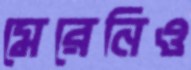
মেরেনিও